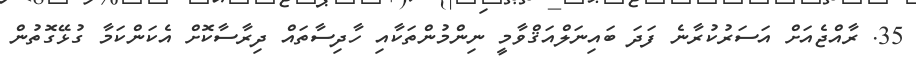
35. ރާއްޖެއަށް އަސަރުކުރާނެ ފަދަ ބައިނަލްއަޤްވާމީ ނިންމުންތަކާއި ހާދިސާތައް ދިރާސާކޮށް އެކަންކަމާ ގުޅޭގޮތުން